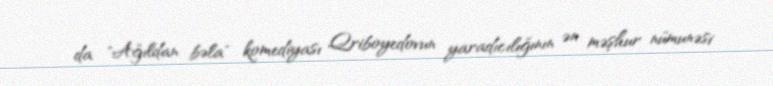
da "Ağıldan bəla" komediyası Qriboyedovun yaradıcılığının ən məşhur nümunəsi